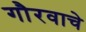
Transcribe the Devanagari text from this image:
गौरवाचे